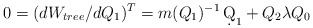
\begin{align*}0 = (dW_{tree}/dQ_1)^T = m(Q_1)^{-1}\,\d Q_1 + Q_2\lambda Q_0\end{align*}